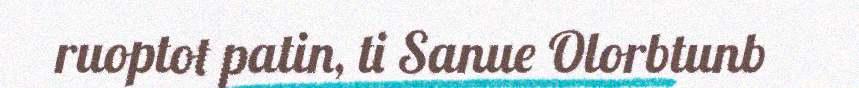
ruoptot patin, ti Sanue Olorbtunb